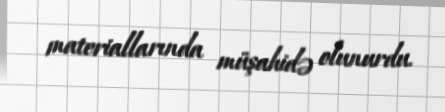
materiallarında müşahidə olunurdu.